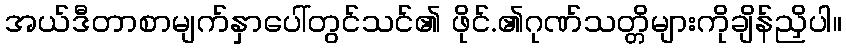
အယ်ဒီတာစာမျက်နှာပေါ်တွင်သင်၏ ဖိုင်.၏ဂုဏ်သတ္တိများကိုချိန်ညှိပါ။